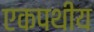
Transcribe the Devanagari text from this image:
एकपथीय